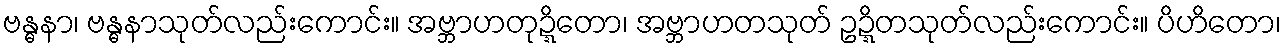
ဗန္ဓနာ၊ ဗန္ဓနာသုတ်လည်းကောင်း။ အဗ္ဘာဟတုဍ္ဍိတော၊ အဗ္ဘာဟတသုတ် ဥဍ္ဍိတသုတ်လည်းကောင်း။ ပိဟိတော၊